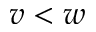
v < w